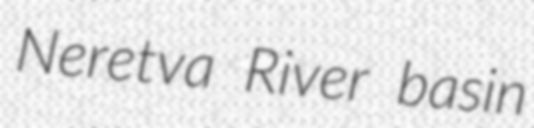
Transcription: Neretva River basin